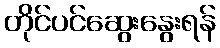
တိုင်ပင်ဆွေးနွေးရန်